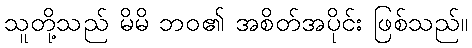
သူတို့သည် မိမိ ဘဝ၏ အစိတ်အပိုင်း ဖြစ်သည်။